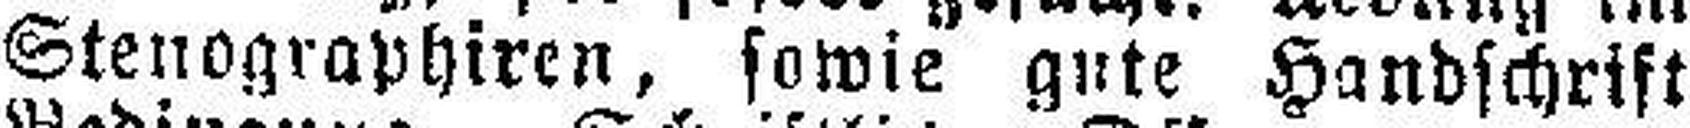
Stenographiren, sowie gute Handschrift